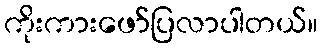
ကိုးကားဖော်ပြလာပါတယ်။